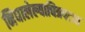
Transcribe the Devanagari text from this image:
निघालेल्याचित्रपटात